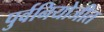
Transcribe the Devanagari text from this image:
पुर्वनियोजीत